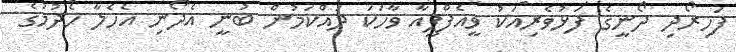
ފަހިރޯދި ދޯނީގެ ފަޅުވެރިއަކު ވީއެފްޕީއާ ވާހަކަ ދައްކަމުން ބުނީ އެދޯނި އެހެލާ ހެދުމުގެ